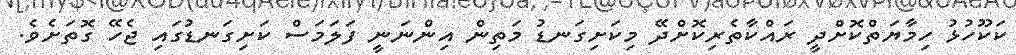
ކަކޫހުޅު ހިމާޔަތްކޮށްދީ ރައްކާތެރިކޮށްދޭ މިކަށިގަނޑު މަތިން އިންނަނީ ފަލަމަސް ކަށިގަނޑުގައި ޖެހޭ ގޮތަށެވެ.